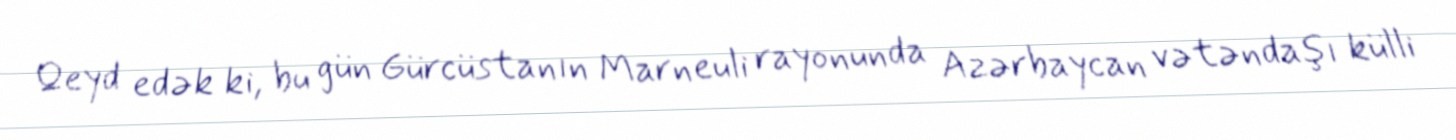
Qeyd edək ki, bu gün Gürcüstanın Marneuli rayonunda Azərbaycan vətəndaşı külli